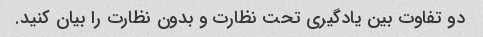
دو تفاوت بین یادگیری تحت نظارت و بدون نظارت را بیان کنید.